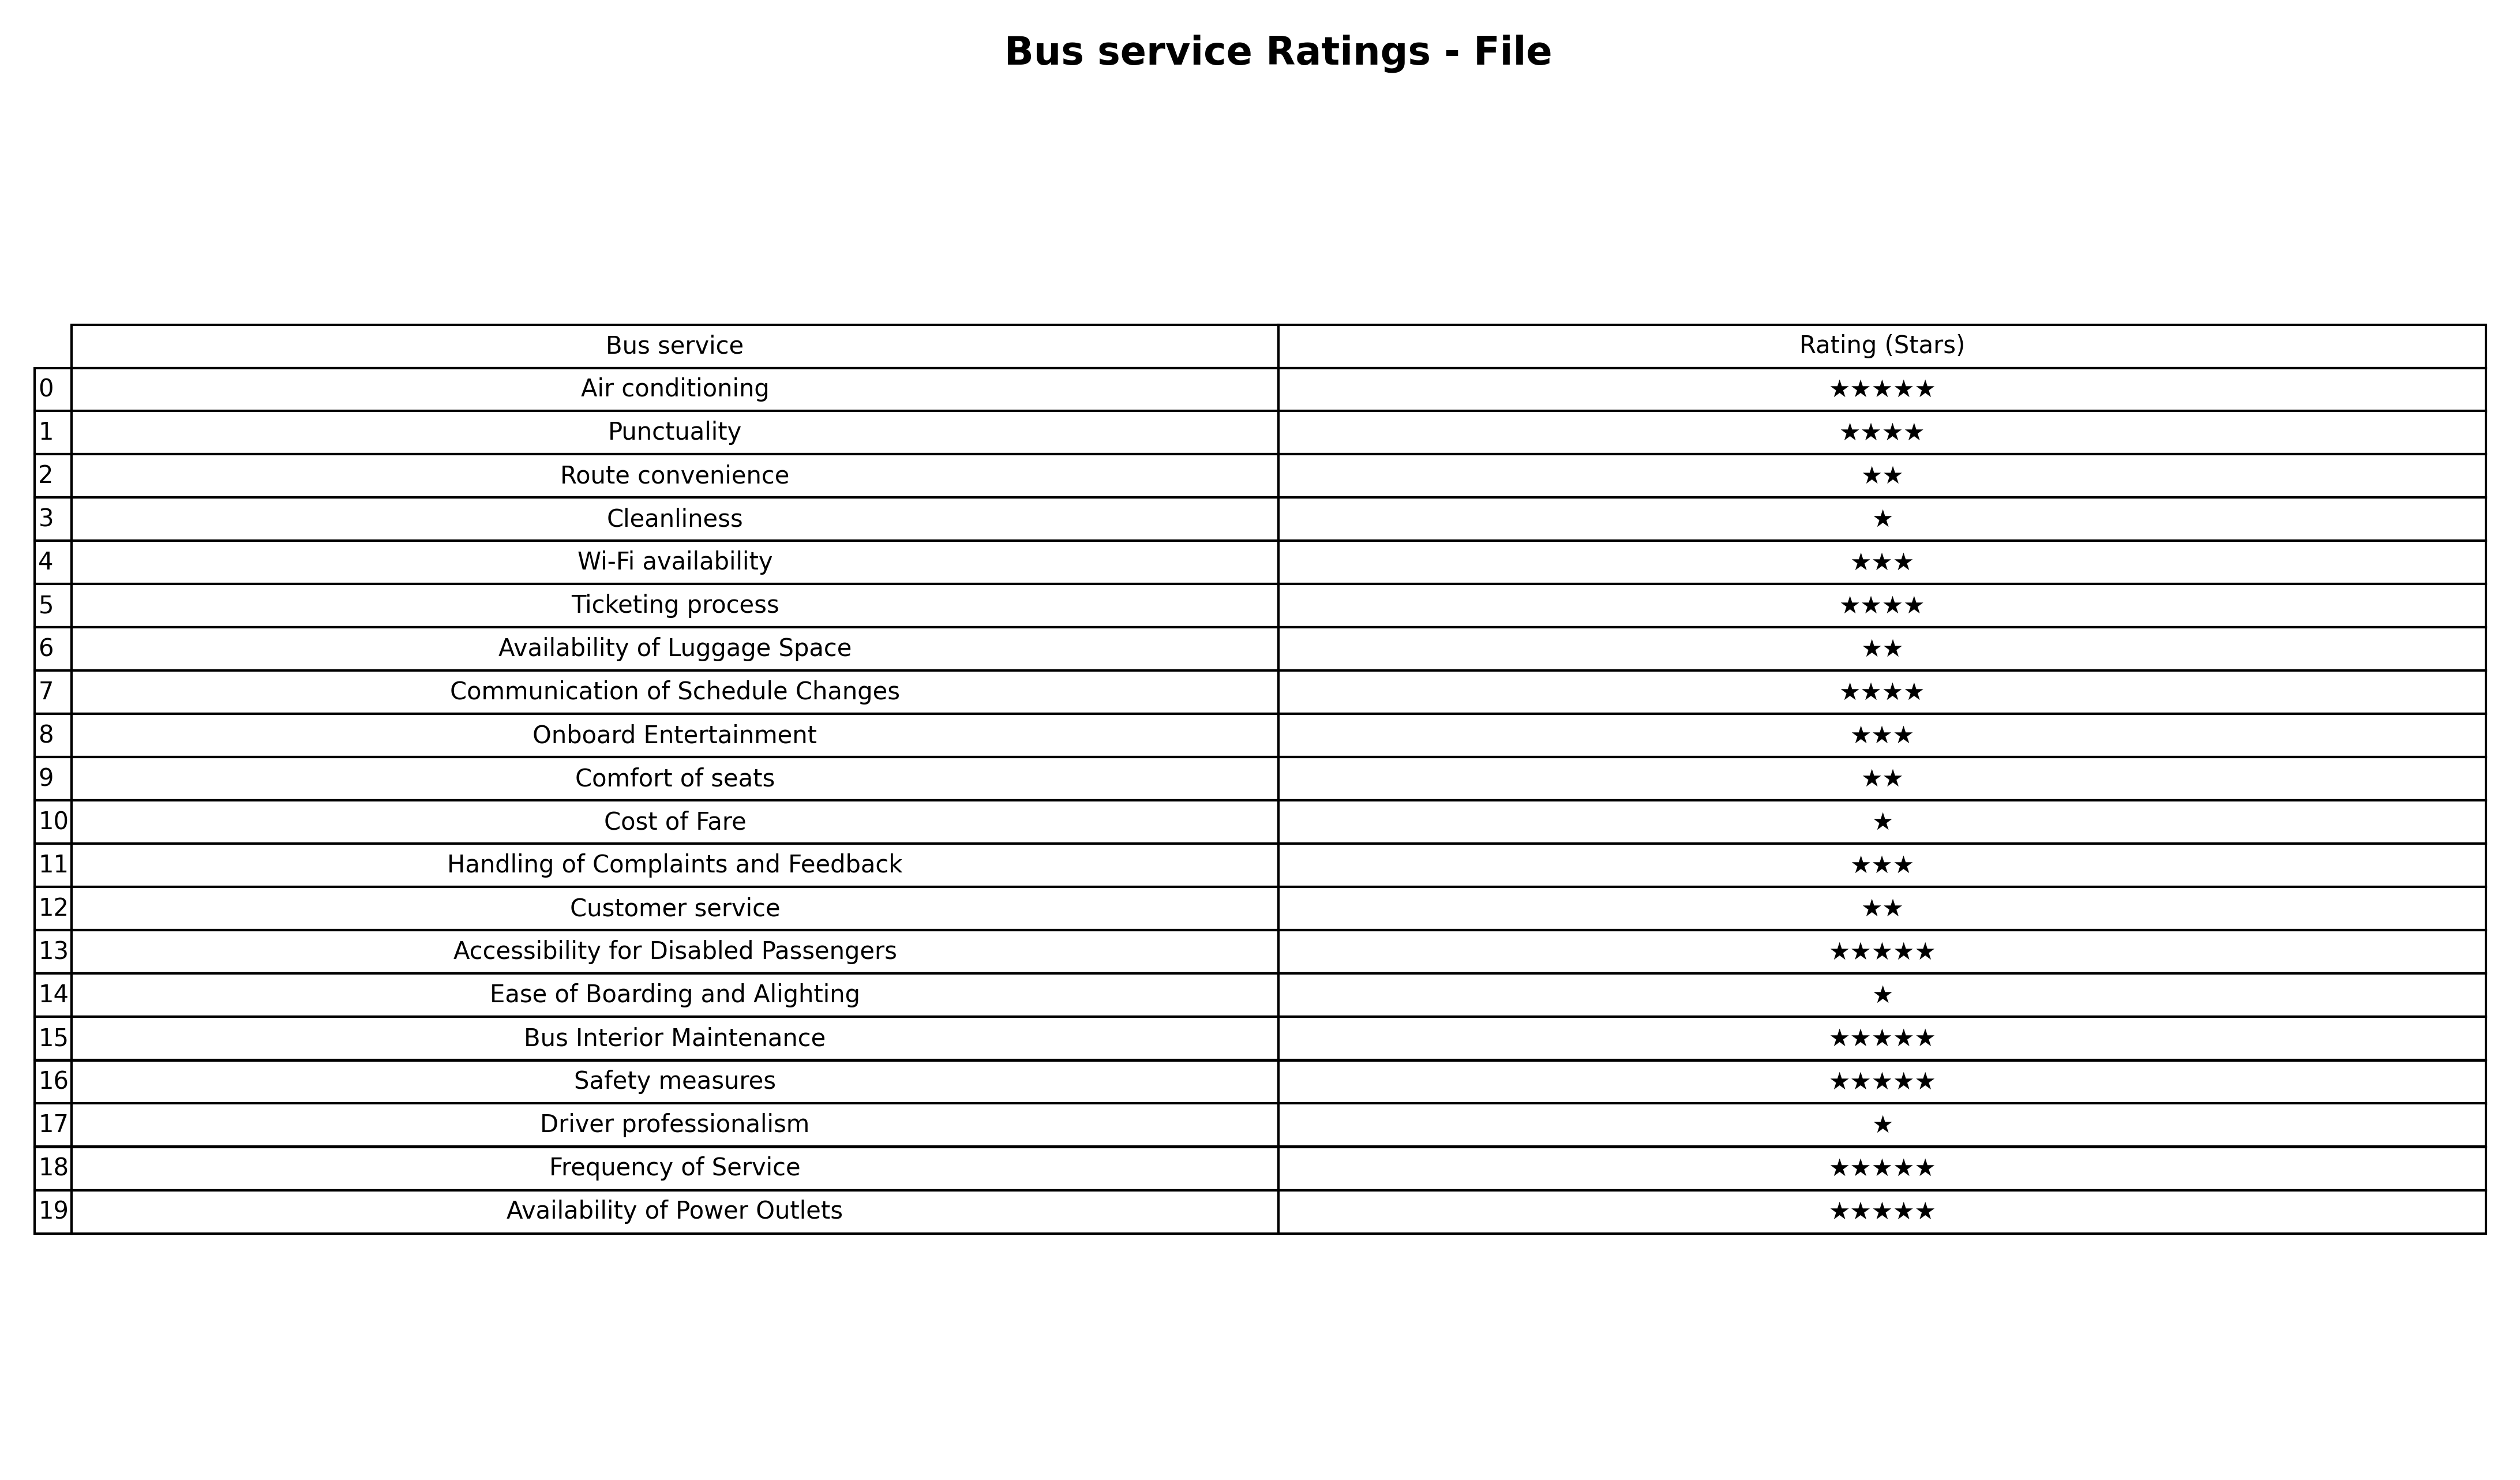
question: What is the rating of Cost of Fare?
answer: ★